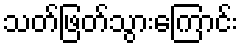
သတ်ဖြတ်သွားကြောင်း